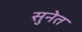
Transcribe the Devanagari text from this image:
सुनेत